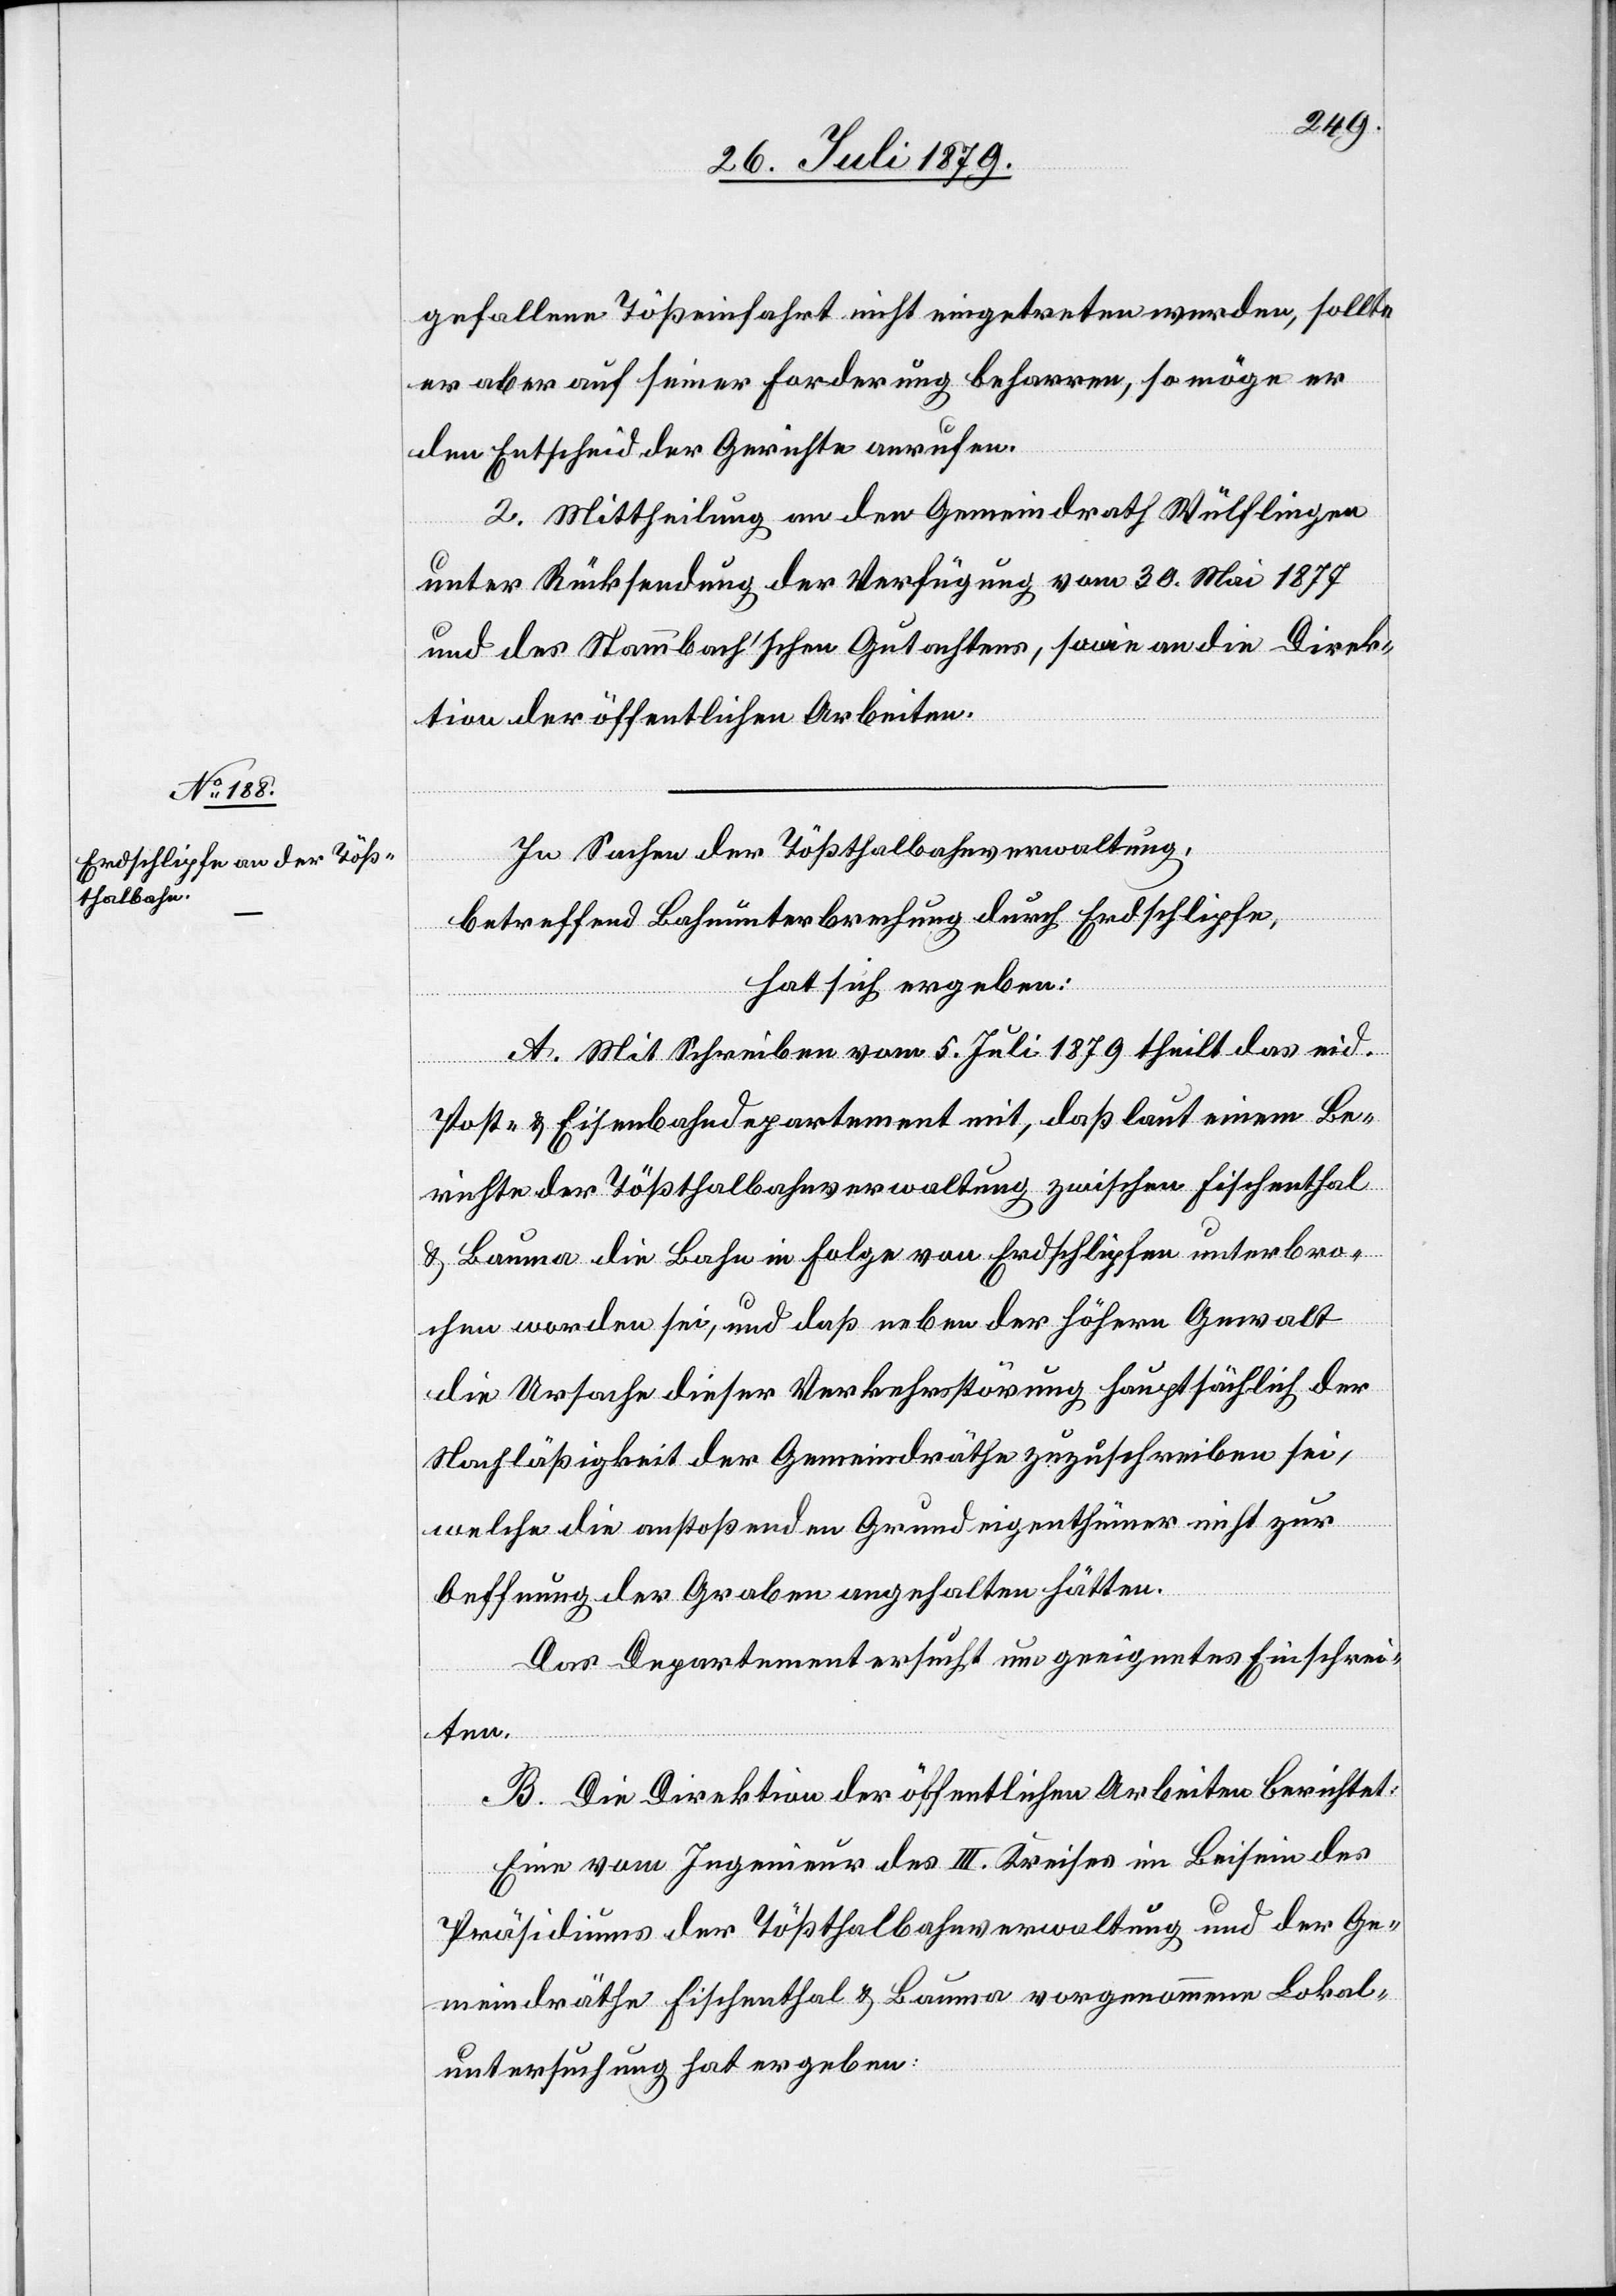
gefallene Tößeinfahrt nicht eingetreten werden, sollte
er aber auf seiner Forderung beharren, so möge er
den Entscheid der Gerichte anrufen.
2. Mittheilung an den Gemeindrath Wülflingen
unter Rücksendung der Verfügung vom 30. Mai 1877
und des Stammbach’schen Gutachtens, sowie an die Direk¬
tion der öffentlichen Arbeiten.
In Sachen der Tößthalbahnverwaltung,
betreffend Bahnunterbrechung durch Erdschlipfe,
hat sich ergeben:
A. Mit Schreiben vom 5. Juli 1879 theilt das eid.
Post- & Eisenbahndepartement mit, daß laut einem Be¬
richte der Tößthalbahnverwaltung zwischen Fischenthal
& Bauma die Bahn in Folge von Erdschlipfen unterbro¬
chen worden sei, und daß neben der höhern Gewalt
die Ursache dieser Verkehrsstörung hauptsächlich der
Nachläßigkeit der Gemeindräthe zuzuschreiben sei,
welche die anstoßenden Grundeigenthümer nicht zur
Oeffnung der Graben angehalten hätten.
Das Departement ersucht um geeignetes Einschrei¬
ten.
B. Die Direktion der öffentlichen Arbeiten berichtet:
Eine vom Ingenieur des III. Kreises im Beisein des
Präsidiums der Tößthalbahnverwaltung und er Ge¬
meindräthe Fischenthal & Bauma vorgenommene Lokal¬
untersuchung hat ergeben: